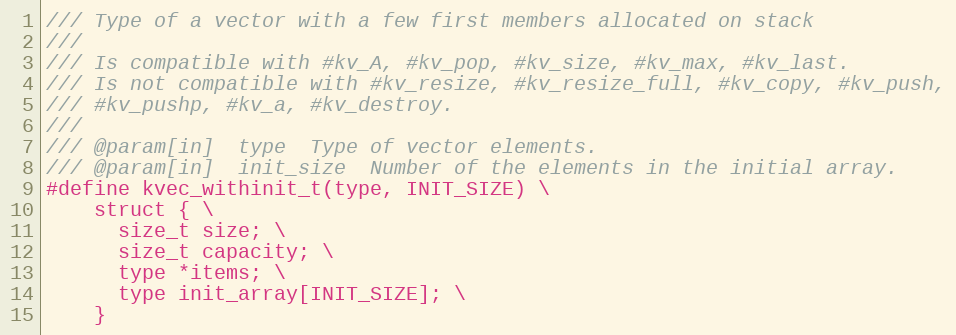
Language: C
/// Type of a vector with a few first members allocated on stack
///
/// Is compatible with #kv_A, #kv_pop, #kv_size, #kv_max, #kv_last.
/// Is not compatible with #kv_resize, #kv_resize_full, #kv_copy, #kv_push,
/// #kv_pushp, #kv_a, #kv_destroy.
///
/// @param[in]  type  Type of vector elements.
/// @param[in]  init_size  Number of the elements in the initial array.
#define kvec_withinit_t(type, INIT_SIZE) \
    struct { \
      size_t size; \
      size_t capacity; \
      type *items; \
      type init_array[INIT_SIZE]; \
    }